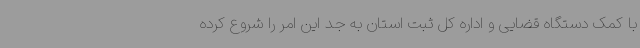
با کمک دستگاه قضایی و اداره کل ثبت استان به جد این امر را شروع کرده